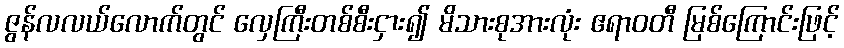
ဇွန်လလယ်လောက်တွင် လှေကြီးတစ်စီးငှား၍ မိသားစုအားလုံး ဧရာဝတီ မြစ်ကြောင်းဖြင့်